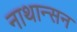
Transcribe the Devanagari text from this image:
नाथान्सन